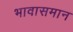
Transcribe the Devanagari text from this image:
भावासमान